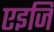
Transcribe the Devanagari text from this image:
एइजि